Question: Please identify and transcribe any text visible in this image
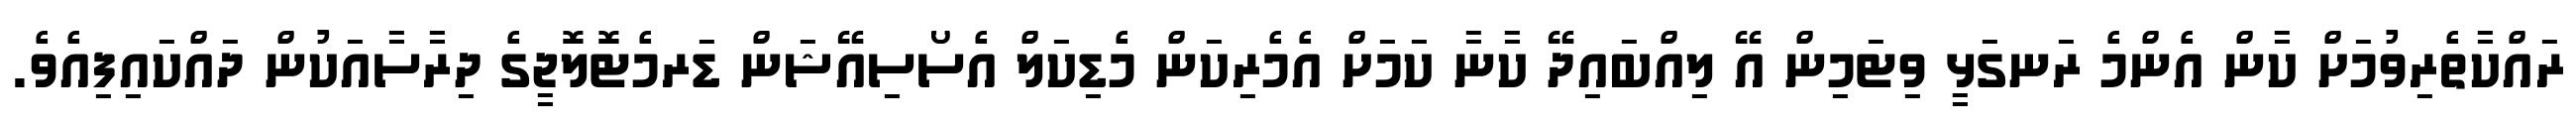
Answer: ރައްކާތެރިވުމަށް ކާން އެންމެ ރަނގަޅީ ވިޓަމިން އޭ ލިއްބައިދޭ ކާނާ ކަމަށް އެމެރިކަން މެޑިކަލް އެސޯސިއޭޝަން ޑަރމެޓޮލޮޖީގެ ދިރާސާއަކުން ދައްކައިފިއެވެ.